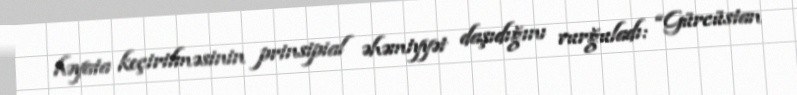
həyata keçirilməsinin prinsipial əhəmiyyət daşıdığını vurğuladı: “Gürcüstan